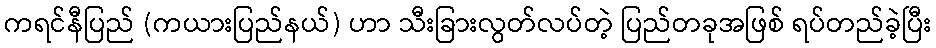
ကရင်နီပြည် (ကယားပြည်နယ်) ဟာ သီးခြားလွတ်လပ်တဲ့ ပြည်တခုအဖြစ် ရပ်တည်ခဲ့ပြီး